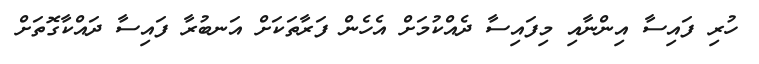
ހުރި ފައިސާ އިންނާއި މިފައިސާ ދެއްކުމަށް އެހެން ފަރާތަކަށް އަނބުރާ ފައިސާ ދައްކާގޮތަށް